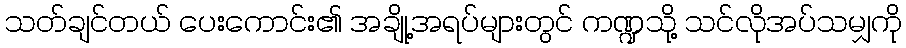
သတ်ချင်တယ် ပေးကောင်း၏ အချို့အရပ်များတွင် ကဏ္ဍသို့ သင်လိုအပ်သမျှကို